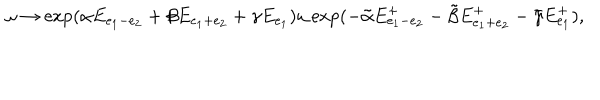
\omega \to \exp ( \alpha E _ { e _ { 1 } - e _ { 2 } } + \beta E _ { e _ { 1 } + e _ { 2 } } + \gamma E _ { e _ { 1 } } ) \omega \exp ( - \tilde { \alpha } E _ { e _ { 1 } - e _ { 2 } } ^ { + } - \tilde { \beta } E _ { e _ { 1 } + e _ { 2 } } ^ { + } - \tilde { \gamma } E _ { e _ { 1 } } ^ { + } ) ,